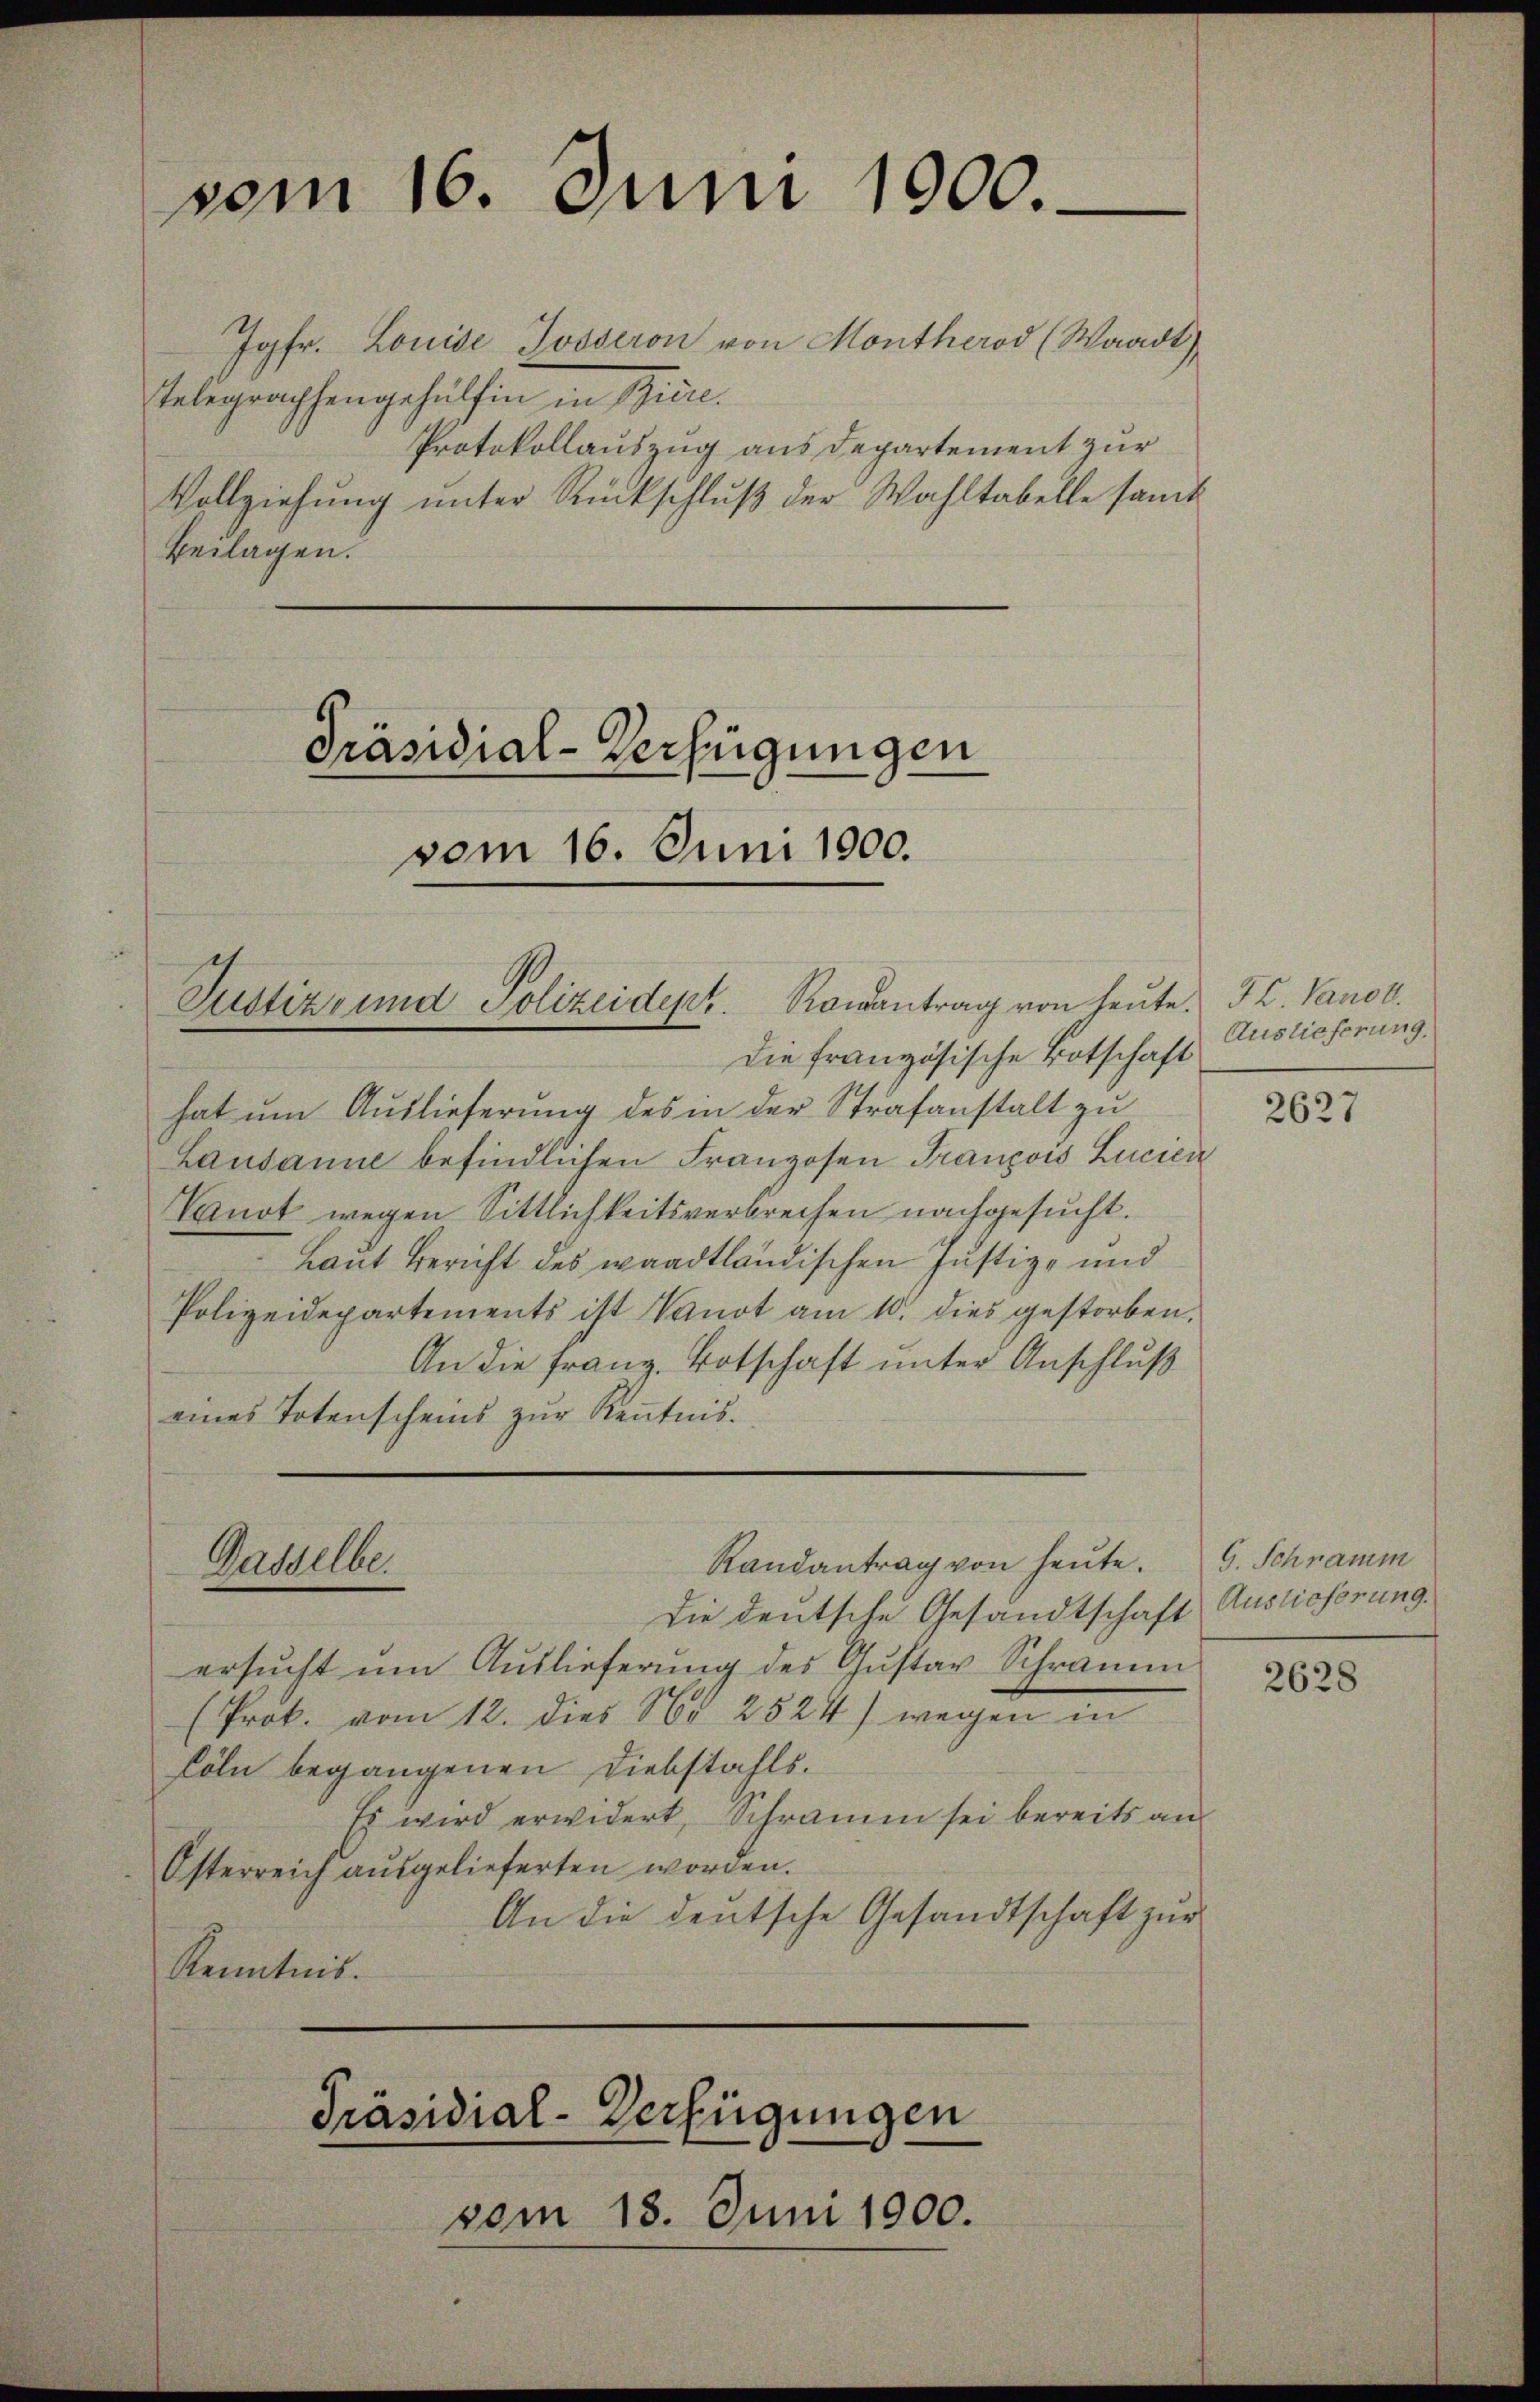
vom 16. Juni 1900.

Jgfr. Louide Josseron von Montherod (Waadt)
Telegraphengehülfen in Biere.
Protokollauszug aus Departement zur
Vollziehung unter Rückschluß der Wahltabelle samt
Beilagen.

Justiz- und Polizeident. Romantrag von heute. Fr. Vanot.

Präsidial-Verfügungen
vom 16. Juni 1000.

Die französische Botschaft
hat um Auslieferung des in der Strafanstalt zu
Lausanne befindlichen Franzosen François Lucien
Tanot wegen Sittlichkeitsverbrechen nachgesucht.
Laut Bericht des waadtländischen Justiz- und
Polizeidepartements ist Vanot am 10. dies gestorben,
An die Franz Botschaft unter Anschluß
eines Totenscheins zŭr Keṅtnis.
die deutsche Gesandtschaft Auslieferung.
ersucht um Auslieferung des Gustav Schramm
(Prok. vom 12. dies § 2824) wegen in
Cöln begangenen Diebstahls.
Es wird erwidert, Schramm sei bereits an
Österreich ausgelieferten worden.
An die deutsche Gesandtschaft zur
Kenntnis.
Präsidial-Verfügungen
vom 18. Juni 1900.

Randantrag von heute.
Gasselbe.

Auslieferung.

2627

G. Schnamm

2628